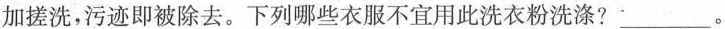
加搓洗，污迹即被除去。下列哪些衣服不宜用此洗衣粉洗涤?___。